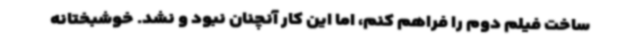
ساخت فیلم دوم را فراهم کنم، اما این کار آنچنان نبود و نشد. خوشبختانه